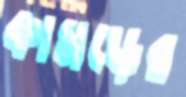
কামড়ের